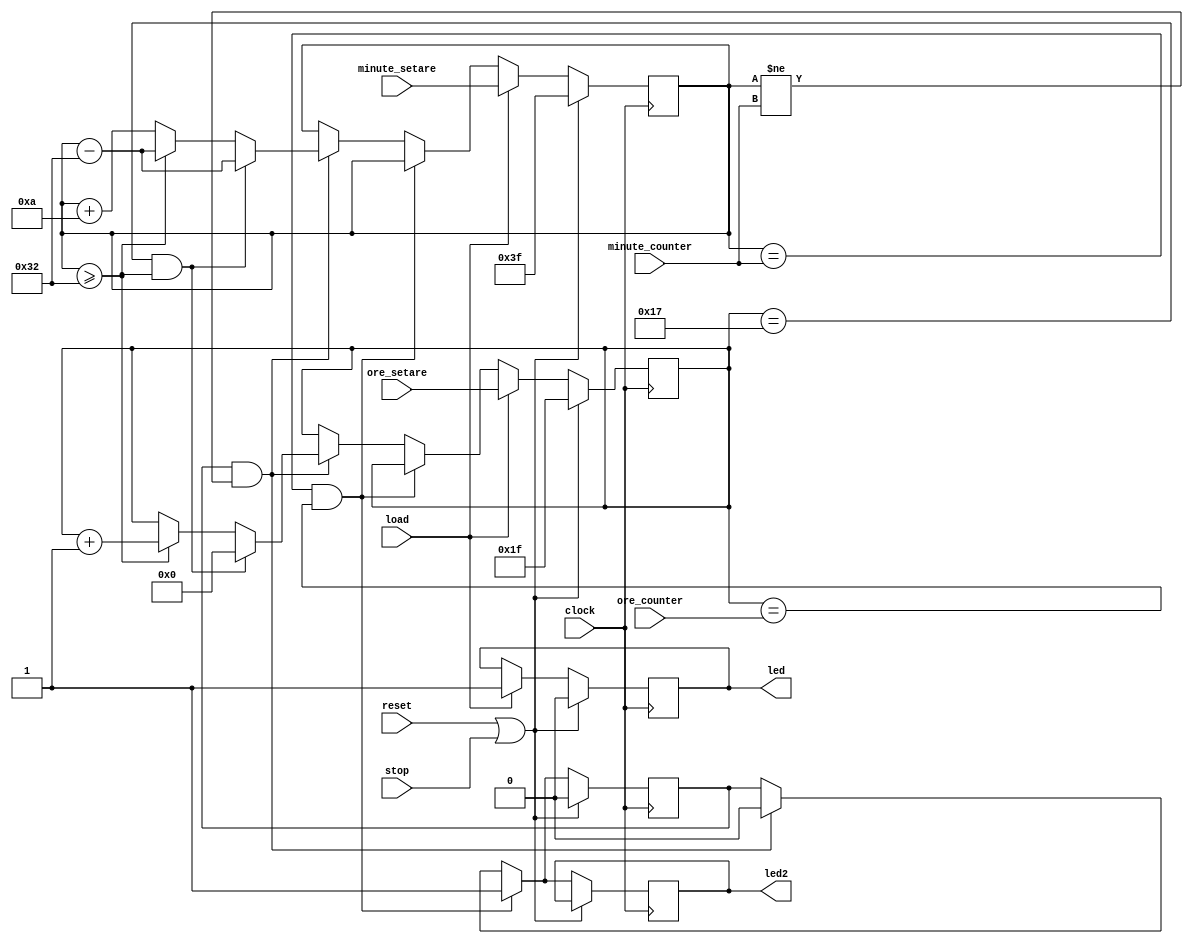
`timescale 1ns / 1ps
//////////////////////////////////////////////////////////////////////////////////
// Company: 
// Engineer: 
// 
// Design Name: 
// Module Name:    alarma_top 
// Project Name: 
// Target Devices: 
// Tool versions: 
// Description: 
//
// Dependencies: 
//
// Revision: 
// Revision 0.01 - File Created
// Additional Comments: 
//
//////////////////////////////////////////////////////////////////////////////////
module alarma_top(
	clock,
	reset,
	minute_counter,
	ore_counter,
	load,        // uart opiune pt setare alarma la semnalul de load 
	minute_setare,
	ore_setare,
	stop,        // oprire alarma cand suna sau resetare daca nu 
	led,
	led2
    );
	input stop; 
	input clock;
	input reset;
	input [5:0]minute_counter;
	input [4:0]ore_counter;
	input load;
	input [5:0]minute_setare;
	input [4:0]ore_setare;
	output led;
	output led2;
	
	reg [5:0]minute_alarma;
	reg [5:0]minute_alarma_i;
	reg [4:0]ore_alarma;
	reg [4:0]ore_alarma_i;
	reg semnal;	//semnal daca suna 
   reg semnal_i;
	reg led;
	reg led2;
	//suna S(
	//.clock(clock),
	//.semnal(semnal),
	//.led(led)
	//);
	
	always@(*) begin
		minute_alarma = minute_alarma_i;
		ore_alarma = ore_alarma_i;
		semnal = semnal_i;		
			if(minute_alarma_i == minute_counter && ore_alarma_i == ore_counter)begin // partea de intarziere cu 10 min 
				semnal = 'd1;
			end else begin
				if(semnal_i == 'd1 && minute_alarma_i != minute_counter)begin // diferit nu diferenta de 1 minut pt ca de la 59 trece la 00
					semnal ='d0;
					if(ore_alarma_i == 'd23 && minute_alarma_i >= 'd50)  begin //ex: la ora 23:59 se va trece la 00:09
							ore_alarma = 'd0;
							minute_alarma = minute_alarma - 'd50;
		
					end else begin 
							if(minute_alarma_i >= 'd50)  begin          //ex: la minutul 59 se va trece la 09
								ore_alarma = ore_alarma + 'd1;
								minute_alarma = minute_alarma - 'd50;
		
							end else begin
								minute_alarma = minute_alarma + 'd10;
							end
					end
				end
			end
	end


	always@(negedge clock)begin 
		if(reset == 'd1 || stop == 'd1) begin
			minute_alarma_i <= 6'b111111;
			ore_alarma_i <= 5'b11111;
			semnal_i <= 'd0;
			led <= 'd0;
		end else begin
			led2 <= semnal;
			minute_alarma_i <= minute_alarma;
			ore_alarma_i <= ore_alarma;
			semnal_i <= semnal;
			if(load == 'd1) begin
				led <= 'd1;
				minute_alarma_i <= minute_setare;
				ore_alarma_i <= ore_setare;
			end
		end
		
	end
	
	endmodule